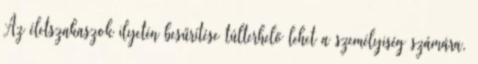
Az életszakaszok ilyetén besűrítése túlterhelő lehet a személyiség számára,